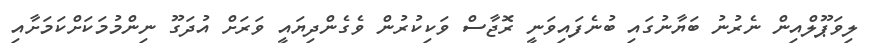
ލިވަޕޫލްއިން ނެރުނު ބަޔާނުގައި ބުނެފައިވަނީ ރޮޖާސް ވަކިކުރުން ވެގެންދިޔައީ ވަރަށް އުދަގޫ ނިންމުމަކަށްކަމަށާއި